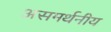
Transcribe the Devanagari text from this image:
असमर्थनीय